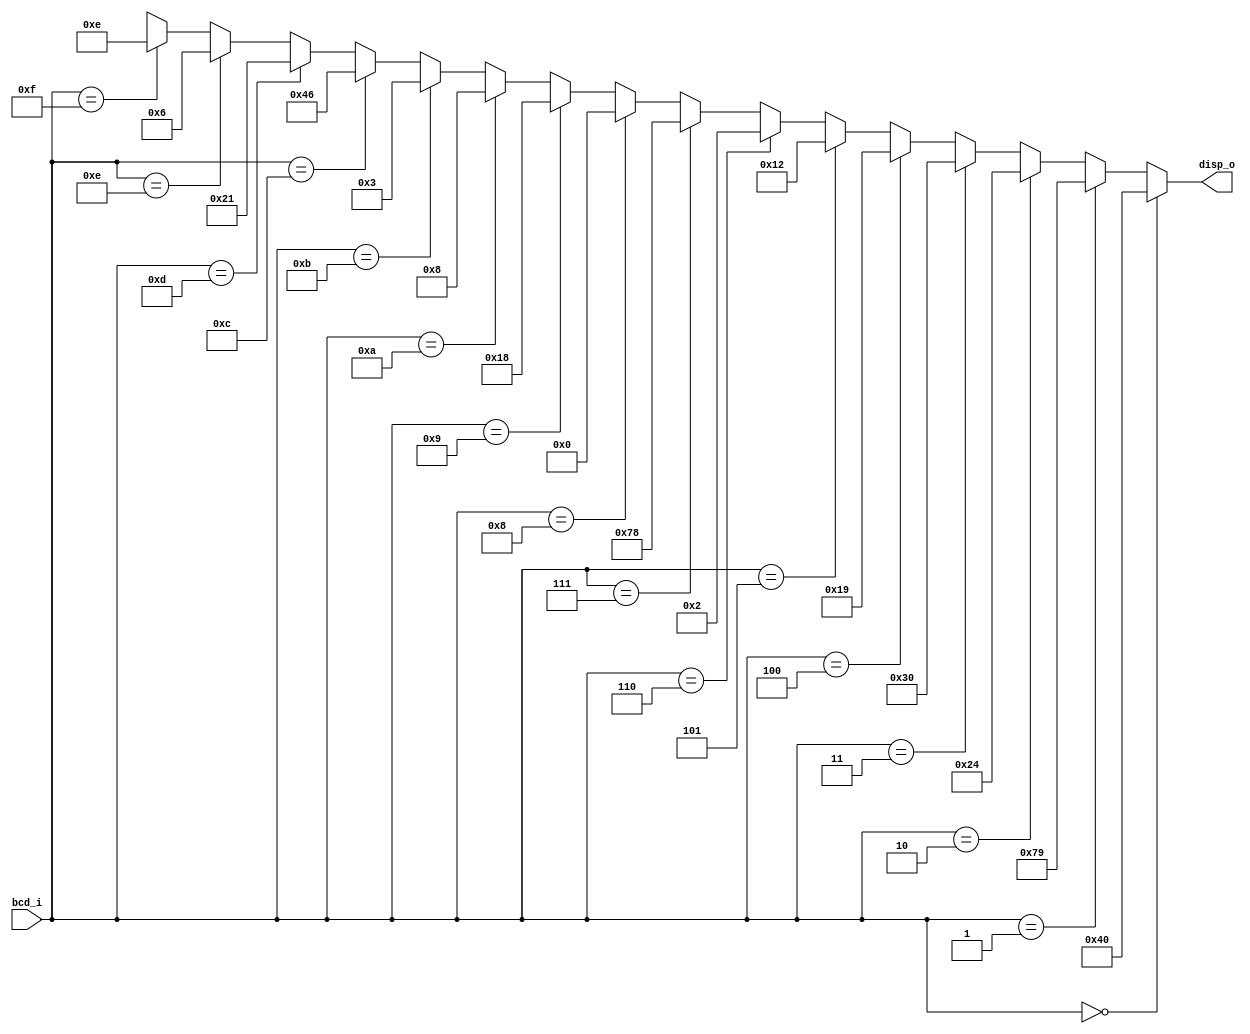
// CPEN 230L lab 8, BCD to 7-segment display decoder
// Rick Nungester, 2/27/16

module dec7seg (
  input [3:0] bcd_i,     // BCD digit in
  output [6:0] disp_o);  // 7-segment display drive out

  // display segment number:           6543210
  assign disp_o = (bcd_i == 4'h0) ? 7'b1000000 :
                    (bcd_i == 4'h1) ? 7'b1111001 :
                    (bcd_i == 4'h2) ? 7'b0100100 :
                    (bcd_i == 4'h3) ? 7'b0110000 :
                    (bcd_i == 4'h4) ? 7'b0011001 :
                    (bcd_i == 4'h5) ? 7'b0010010 :
                    (bcd_i == 4'h6) ? 7'b0000010 :
                    (bcd_i == 4'h7) ? 7'b1111000 :
                    (bcd_i == 4'h8) ? 7'b0000000 :
                    (bcd_i == 4'h9) ? 7'b0011000 :
                    (bcd_i == 4'hA) ? 7'b0001000 :
                    (bcd_i == 4'hb) ? 7'b0000011 :
                    (bcd_i == 4'hC) ? 7'b1000110 :
                    (bcd_i == 4'hD) ? 7'b0100001 :
                    (bcd_i == 4'hE) ? 7'b0000110 :
                    (bcd_i == 4'hF) ? 7'b0001110 : 
                    7'bXXXXXXX;
endmodule